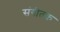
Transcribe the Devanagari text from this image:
संगीतक